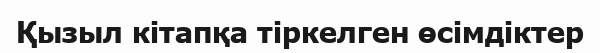
Қызыл кітапқа тіркелген өсімдіктер